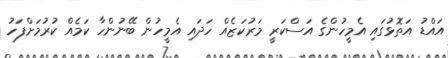
އައްޑު އަތޮޅުގައި އެމީހުންގެ އަސްކަރީ މަރުކަޒެއް ހަދައި އެމީހުން ބޭނުންހާ ކަމެއް ކުރުމަށްފަހު